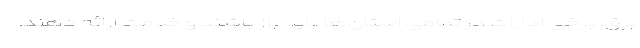
برق، برخی ادارات در تمامی استان‌ها باید باز باشند و خدمت ارائه دهند.